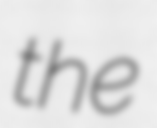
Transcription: the